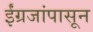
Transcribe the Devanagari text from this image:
ईंग्रजांपासून